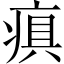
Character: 𤷢